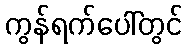
ကွန်ရက်ပေါ်တွင်